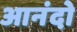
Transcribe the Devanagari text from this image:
आनंदो